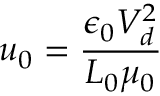
u _ { 0 } = \frac { \epsilon _ { 0 } V _ { d } ^ { 2 } } { L _ { 0 } \mu _ { 0 } }